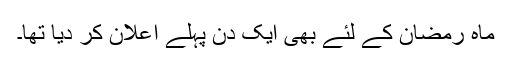
ماہ رمضان کے لئے بھی ایک دن پہلے اعلان کر دیا تھا۔